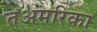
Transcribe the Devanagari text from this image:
तअमरिका